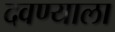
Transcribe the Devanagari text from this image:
दवण्याला